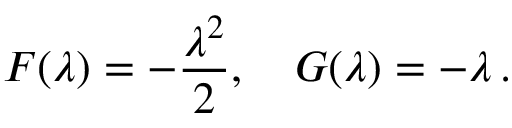
F ( \lambda ) = - \frac { \lambda ^ { 2 } } { 2 } , \quad G ( \lambda ) = - \lambda \, .